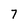
Character: 7